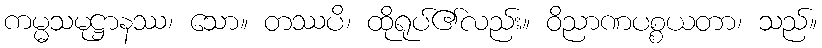
ကမ္မသမုဋ္ဌာနဿ၊ သော။ တဿပိ၊ ထိုရုပ်၏လည်း။ ဝိညာဏပစ္စယတာ၊ သည်။